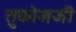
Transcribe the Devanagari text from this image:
तुकोजजी